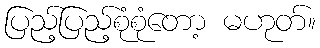
ပြည့်ပြည့်စုံစုံတော့ မဟုတ်။